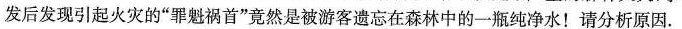
发后发现引起火灾的”罪魁祸首”竟然是被游客遗忘在森林中的一瓶纯净水！请分析原因。